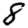
Digit: 8